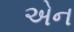
એન